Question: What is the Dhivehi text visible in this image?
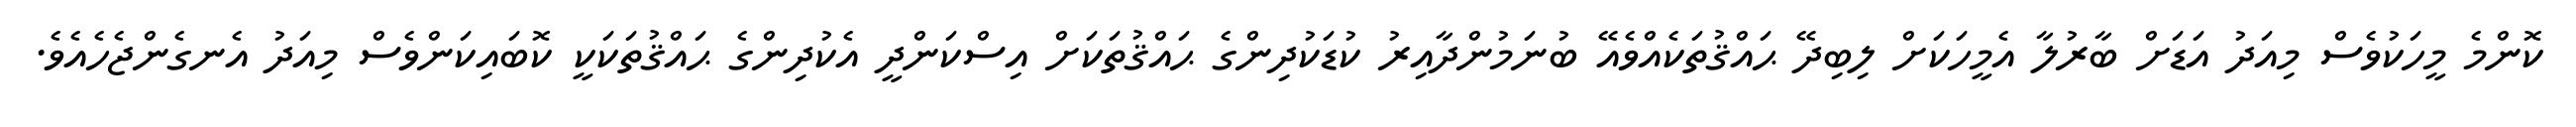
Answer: ކޮންމެ މީހަކުވެސް މިއަދު އަޑަށް ބާރުލާ އެމީހަކަށް ލިބިދޭ ޙައްޤުތަކެއްވެއޭ ބުނަމުންދާއިރު ކުޑަކުދިންގެ ޙައްޤުތަކަށް އިސްކަންދީ އެކުދިންގެ ޙައްޤުތަކަކީ ކޮބައިކަންވެސް މިއަދު އެނގެންޖެހެއެވެ.